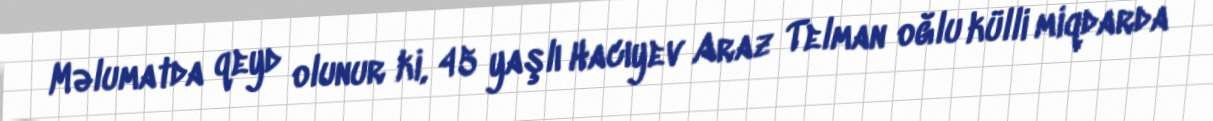
Məlumatda qeyd olunur ki, 45 yaşlı Hacıyev Araz Telman oğlu külli miqdarda